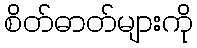
စိတ်ဓာတ်များကို